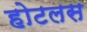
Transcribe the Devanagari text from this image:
होटलस